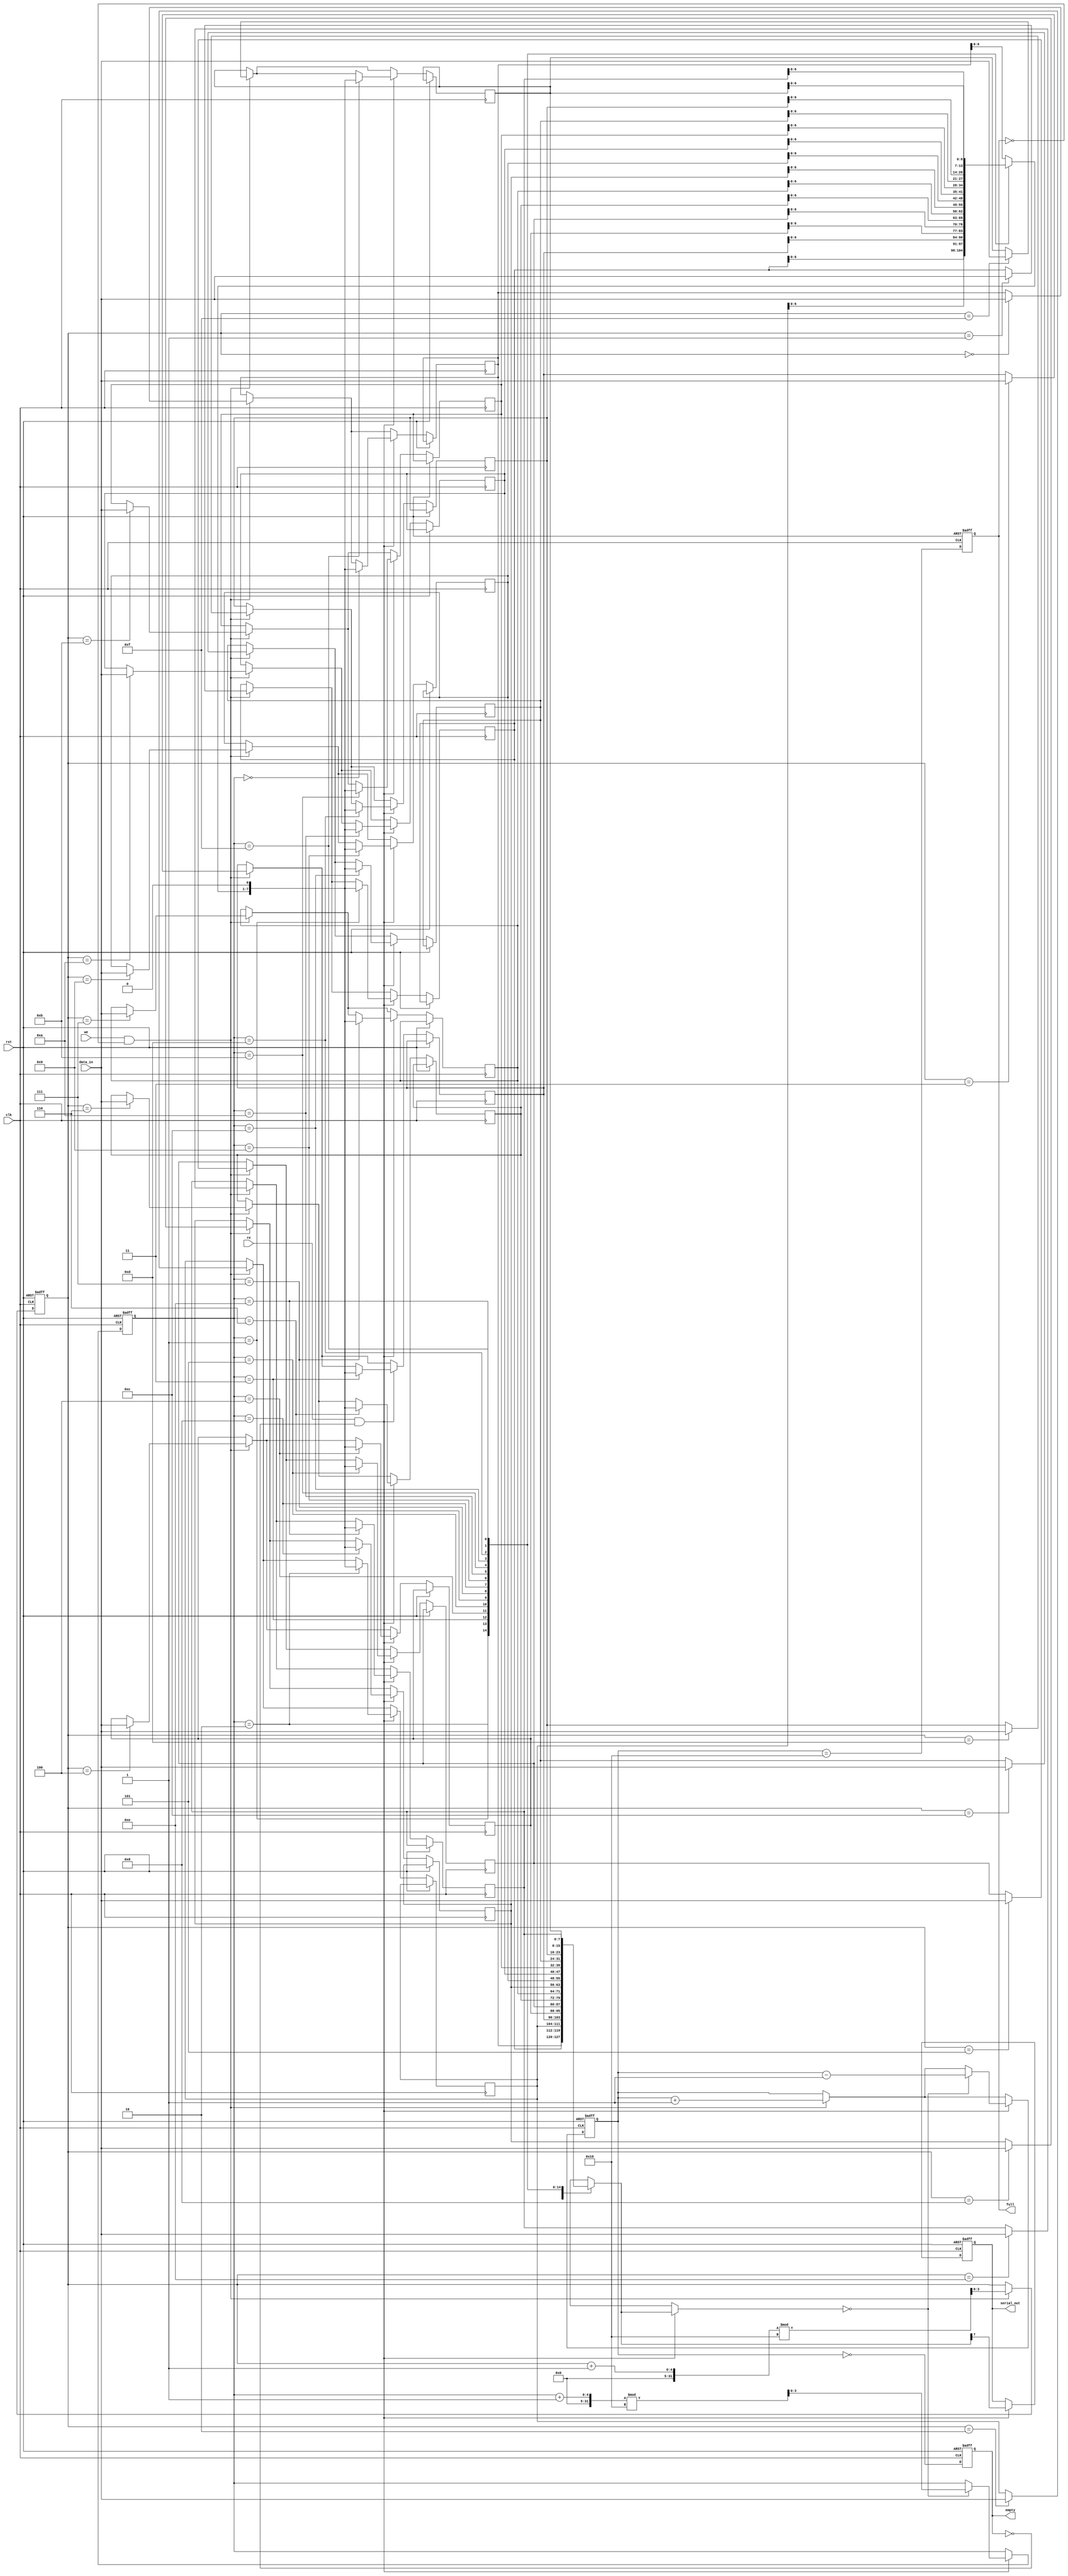
module FIFO_PISO #(
    parameter DATA_WIDTH = 8,  // Width of the input data
    parameter FIFO_DEPTH = 16   // Depth of the FIFO
)(
    input wire clk,              // Clock signal
    input wire rst,              // Reset signal
    input wire we,               // Write Enable
    input wire re,               // Read Enable
    input wire [DATA_WIDTH-1:0] data_in,  // Parallel input data
    output reg serial_out,       // Serial output data
    output reg full,             // FIFO Full flag
    output reg empty             // FIFO Empty flag
);

    reg [DATA_WIDTH-1:0] fifo_mem [0:FIFO_DEPTH-1]; // FIFO memory
    reg [3:0] write_pointer;   // Pointer for write position
    reg [3:0] read_pointer;    // Pointer for read position
    reg [4:0] count;           // Number of elements in FIFO

    // Initialize the FIFO
    always @(posedge clk or posedge rst) begin
        if (rst) begin
            write_pointer <= 0;
            read_pointer <= 0;
            count <= 0;
            full <= 0;
            empty <= 1;
            serial_out <= 0;
        end else begin
            // Write operation
            if (we && !full) begin
                fifo_mem[write_pointer] <= data_in;
                write_pointer <= (write_pointer + 1) % FIFO_DEPTH;
                count <= count + 1;
            end
            
            // Read operation
            if (re && !empty) begin
                serial_out <= fifo_mem[read_pointer][DATA_WIDTH-1]; // Output the MSB
                fifo_mem[read_pointer] <= {fifo_mem[read_pointer][DATA_WIDTH-2:0], 1'b0}; // Shift left
                if (fifo_mem[read_pointer] == 0) begin
                    read_pointer <= (read_pointer + 1) % FIFO_DEPTH;
                    count <= count - 1;
                end
            end

            // Update Full and Empty flags
            full <= (count == FIFO_DEPTH);
            empty <= (count == 0);
        end
    end

endmodule